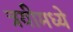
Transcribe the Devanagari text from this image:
त्रयीमध्ये